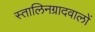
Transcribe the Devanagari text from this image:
स्तालिनग्रादवालों